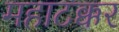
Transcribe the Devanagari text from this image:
महाटक्कर